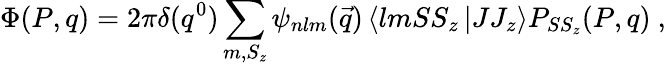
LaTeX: \Phi(P,q)=2\pi\delta(q^{0})\sum_{m,S_{z}}\psi_{nlm}(\vec{q})\left<lmSS_{z}\left|JJ_{z}\right.\right>P_{SS_{z}}(P,q)\ ,